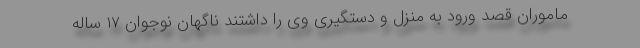
ماموران قصد ورود به منزل و دستگیری وی را داشتند ناگهان نوجوان ۱۷ ساله